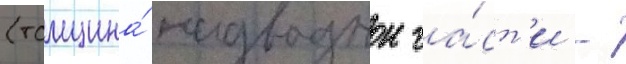
(толщина́ надводнои ча́ст'и -